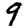
Digit: 9